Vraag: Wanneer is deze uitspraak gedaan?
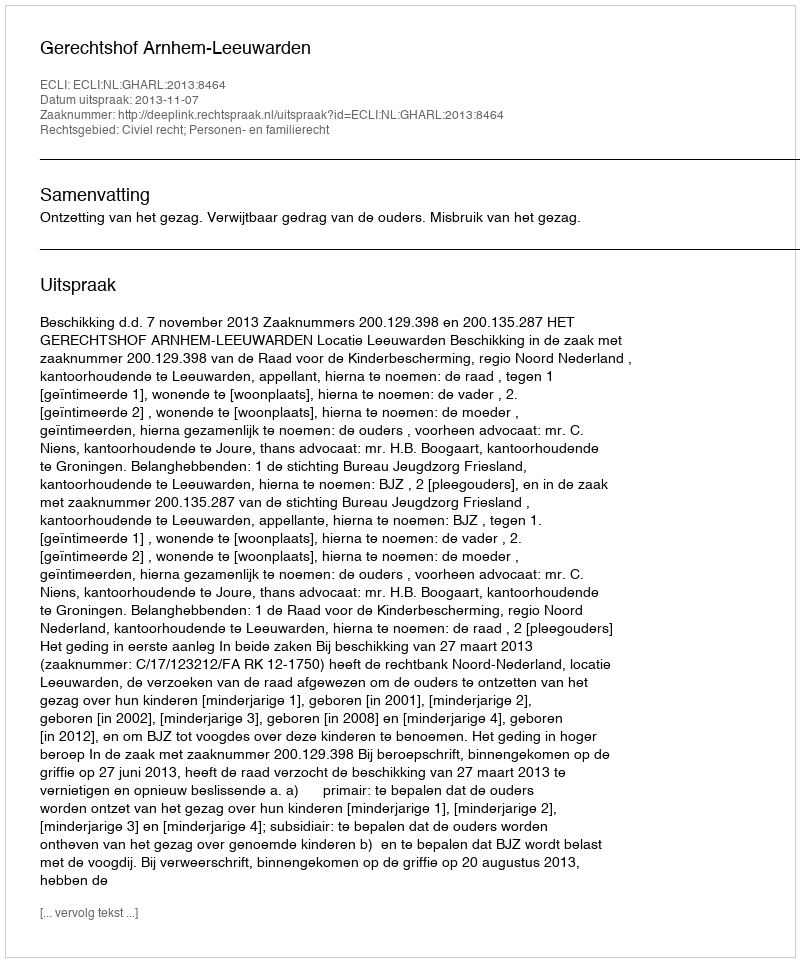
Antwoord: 2013-11-07